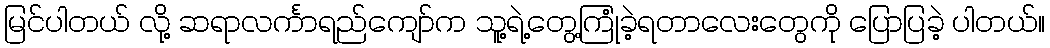
မြင်ပါတယ် လို့ ဆရာလင်္ကာရည်ကျော်က သူ့ရဲ့တွေ့ကြုံခဲ့ရတာလေးတွေကို ပြောပြခဲ့ ပါတယ်။